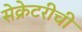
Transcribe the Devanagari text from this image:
सेक्रेटरीची